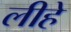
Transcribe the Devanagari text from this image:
लीहे